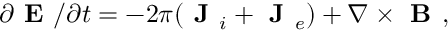
\partial \textbf { E } / \partial t = - 2 \pi ( \textbf { J } _ { i } + \textbf { J } _ { e } ) + \nabla \times \textbf { B } ,